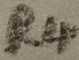
Text: R4